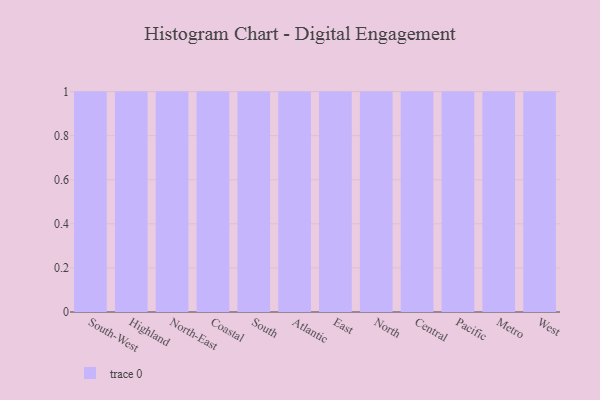
{"axis": {"x": "Region", "y": "Waste Production (Tons)"}, "legend": [""], "data": [{"x": "South-West", "y": 48, "type": ""}, {"x": "Highland", "y": 81, "type": ""}, {"x": "North-East", "y": 35, "type": ""}, {"x": "Coastal", "y": 33, "type": ""}, {"x": "South", "y": 48, "type": ""}, {"x": "Atlantic", "y": 75, "type": ""}, {"x": "East", "y": 81, "type": ""}, {"x": "North", "y": 36, "type": ""}, {"x": "Central", "y": 81, "type": ""}, {"x": "Pacific", "y": 36, "type": ""}, {"x": "Metro", "y": 67, "type": ""}, {"x": "West", "y": 100, "type": ""}]}